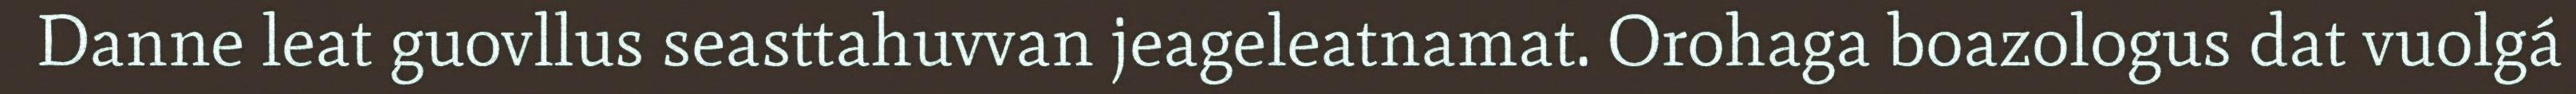
Danne leat guovllus seasttahuvvan jeageleatnamat. Orohaga boazologus dat vuolgá